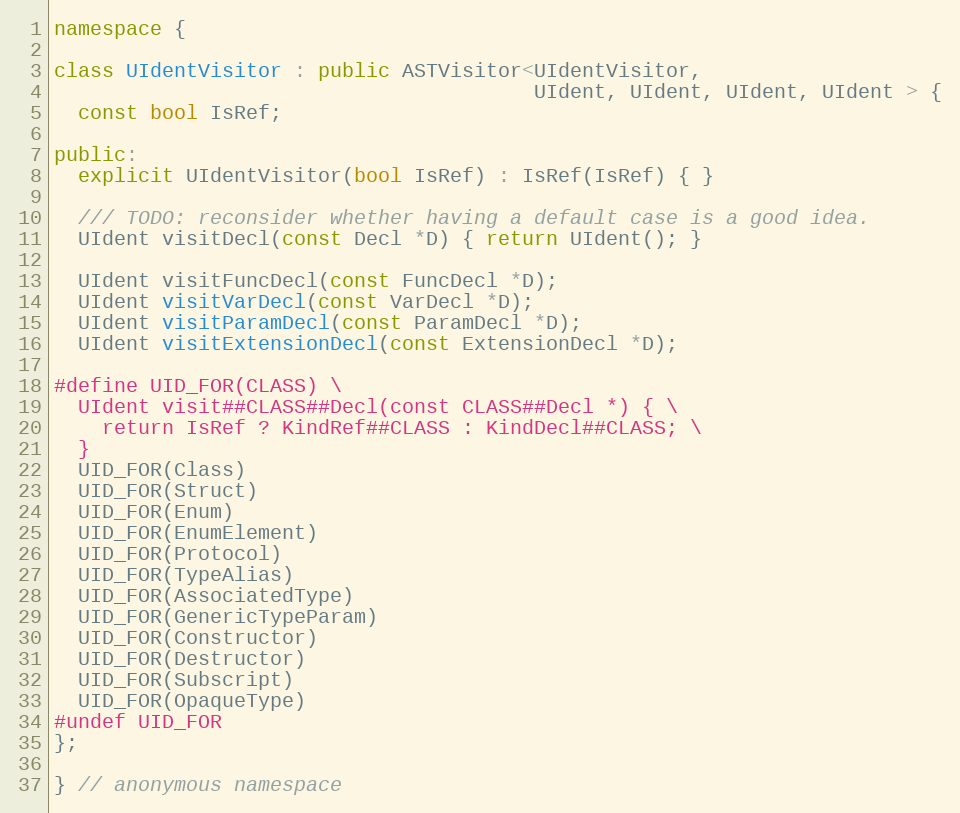
Language: C++
namespace {

class UIdentVisitor : public ASTVisitor<UIdentVisitor,
                                        UIdent, UIdent, UIdent, UIdent > {
  const bool IsRef;

public:
  explicit UIdentVisitor(bool IsRef) : IsRef(IsRef) { }

  /// TODO: reconsider whether having a default case is a good idea.
  UIdent visitDecl(const Decl *D) { return UIdent(); }

  UIdent visitFuncDecl(const FuncDecl *D);
  UIdent visitVarDecl(const VarDecl *D);
  UIdent visitParamDecl(const ParamDecl *D);
  UIdent visitExtensionDecl(const ExtensionDecl *D);

#define UID_FOR(CLASS) \
  UIdent visit##CLASS##Decl(const CLASS##Decl *) { \
    return IsRef ? KindRef##CLASS : KindDecl##CLASS; \
  }
  UID_FOR(Class)
  UID_FOR(Struct)
  UID_FOR(Enum)
  UID_FOR(EnumElement)
  UID_FOR(Protocol)
  UID_FOR(TypeAlias)
  UID_FOR(AssociatedType)
  UID_FOR(GenericTypeParam)
  UID_FOR(Constructor)
  UID_FOR(Destructor)
  UID_FOR(Subscript)
  UID_FOR(OpaqueType)
#undef UID_FOR
};

} // anonymous namespace